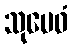
သုမေဓံ